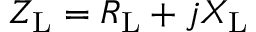
Z _ { \mathrm { L } } = R _ { \mathrm { L } } + j X _ { \mathrm { L } }